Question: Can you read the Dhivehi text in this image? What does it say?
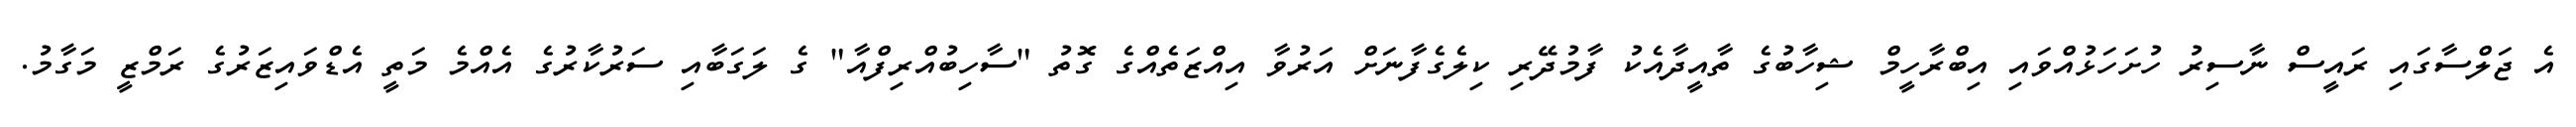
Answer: އެ ޖަލްސާގައި ރައީސް ނާސިރު ހުށަހަޅުއްވައި އިބްރާހީމް ޝިހާބުގެ ތާއީދާއެކު ފާމުދޭރި ކިލެގެފާނަށް އަރުވާ އިއްޒަތެއްގެ ގޮތު "ސާހިބުއްރިފްއާ" ގެ ލަގަބާއި ސަރުކާރުގެ އެއްމެ މަތީ އެޑްވައިޒަރުގެ ރަމްޒީ މަގާމު.